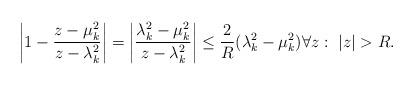
LaTeX: \begin{align*}\left| 1-\frac{z- \mu_k^2 }{z-\lambda_k^2 } \right| = \left| \frac{\lambda_k^2 - \mu_k^2 }{z-\lambda_k^2 } \right|\le \frac2R (\lambda_k^2 - \mu_k^2) \forall z:\ |z|>R. \end{align*}